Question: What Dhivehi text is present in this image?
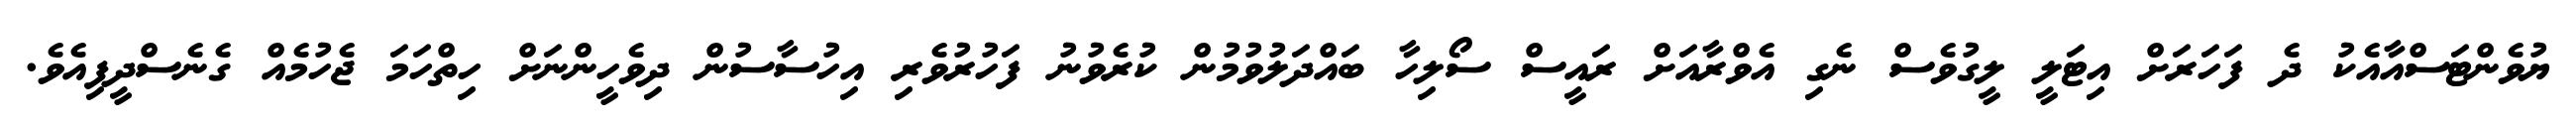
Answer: ޔުވެންޓަސްއާއެކު ދެ ފަހަރަށް އިޓަލީ ލީގުވެސް ނެގި އެވްރާއަށް ރައީސް ސޯލިހާ ބައްދަލުވުމުން ކުރެވުނު ފަހުރުވެރި އިހުސާސުން ދިވެހީންނަށް ހިތްހަމަ ޖެހުމެއް ގެނެސްދީފިއެވެ.